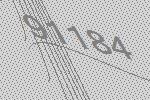
91184